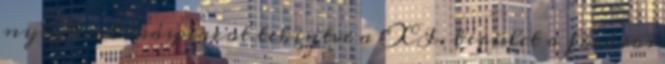
nyújt: a lakáspiacot tekintve a XI. kerület a főváros